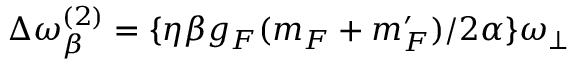
\Delta \omega _ { \beta } ^ { ( 2 ) } = \{ \eta \beta g _ { F } ( m _ { F } + m _ { F } ^ { \prime } ) / 2 \alpha \} \omega _ { \bot }